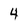
Character: 4